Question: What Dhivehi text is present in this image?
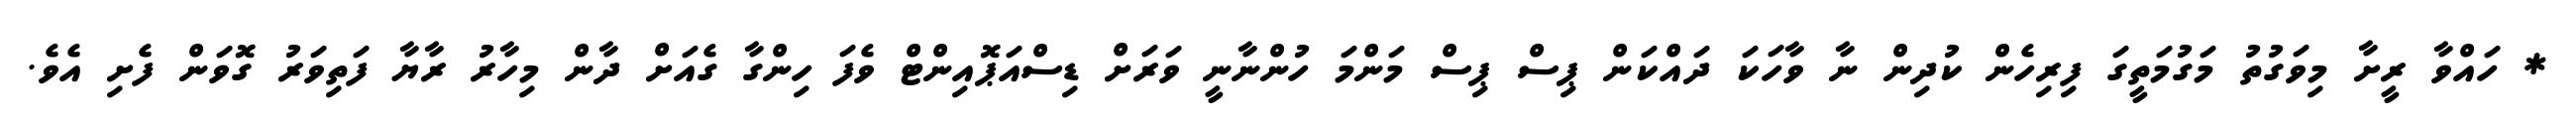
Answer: * ހައްވާ ރީށާ މިވަގުތު މަގުމަތީގަ ފިރިހެން ކުދިން ނާ ވާހަކަ ދައްކަން ޕިސް ޕިސް މަންމަ ހުންނާނީ ވަރަށް ޑިސްއަޕޮއިންޓް ވެފަ ހިންގާ ގެއަށް ދާން މިހާރު ރާޔާ ފަތިވަރު ގޮވަން ފެށި އެވެ.